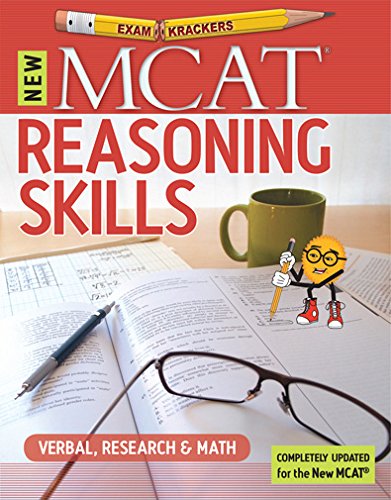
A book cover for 9th Edition Examkrackers MCAT Reasoning Skills: Verbal, Research & Math (EXAMKRACKERS MCAT MANUALS); Jonathan Orsay; Test Preparation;